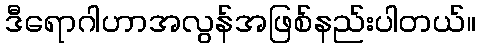
ဒီရောဂါဟာအလွန်အဖြစ်နည်းပါတယ်။